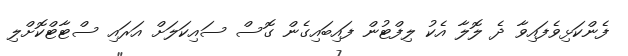
ފެންކަޅިވެފައިވާ ދެ ލޮލާ އެކު ލިފްޓުން ފައިބައިގެން ގޮސް ސައިކަލަށް އަރައި ސްޓާޓްކޮށްލި